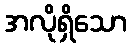
အလိုရှိသော